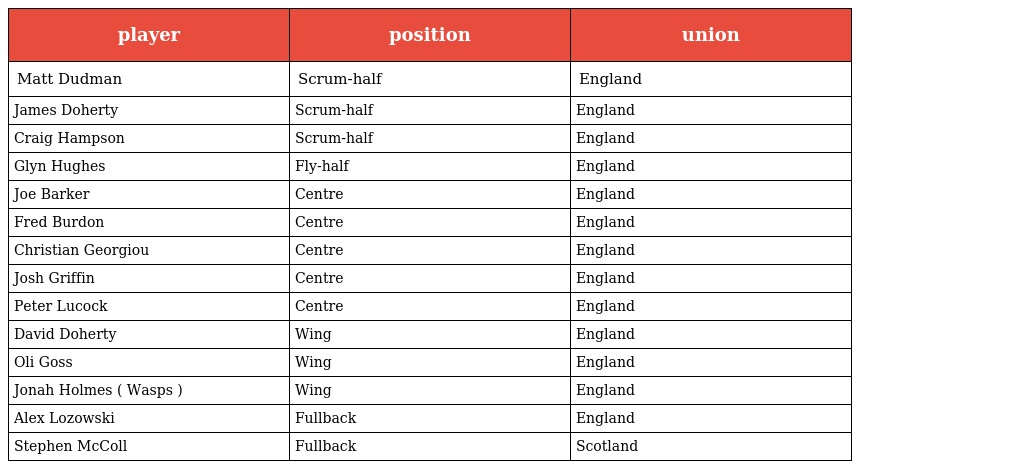
| player | position | union |
 | --- | --- | --- |
 | Matt Dudman | Scrum-half | England |
 | James Doherty | Scrum-half | England |
 | Craig Hampson | Scrum-half | England |
 | Glyn Hughes | Fly-half | England |
 | Joe Barker | Centre | England |
 | Fred Burdon | Centre | England |
 | Christian Georgiou | Centre | England |
 | Josh Griffin | Centre | England |
 | Peter Lucock | Centre | England |
 | David Doherty | Wing | England |
 | Oli Goss | Wing | England |
 | Jonah Holmes ( Wasps ) | Wing | England |
 | Alex Lozowski | Fullback | England |
 | Stephen McColl | Fullback | Scotland |